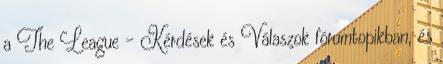
a The League - Kérdések és Válaszok fórumtopikban, és